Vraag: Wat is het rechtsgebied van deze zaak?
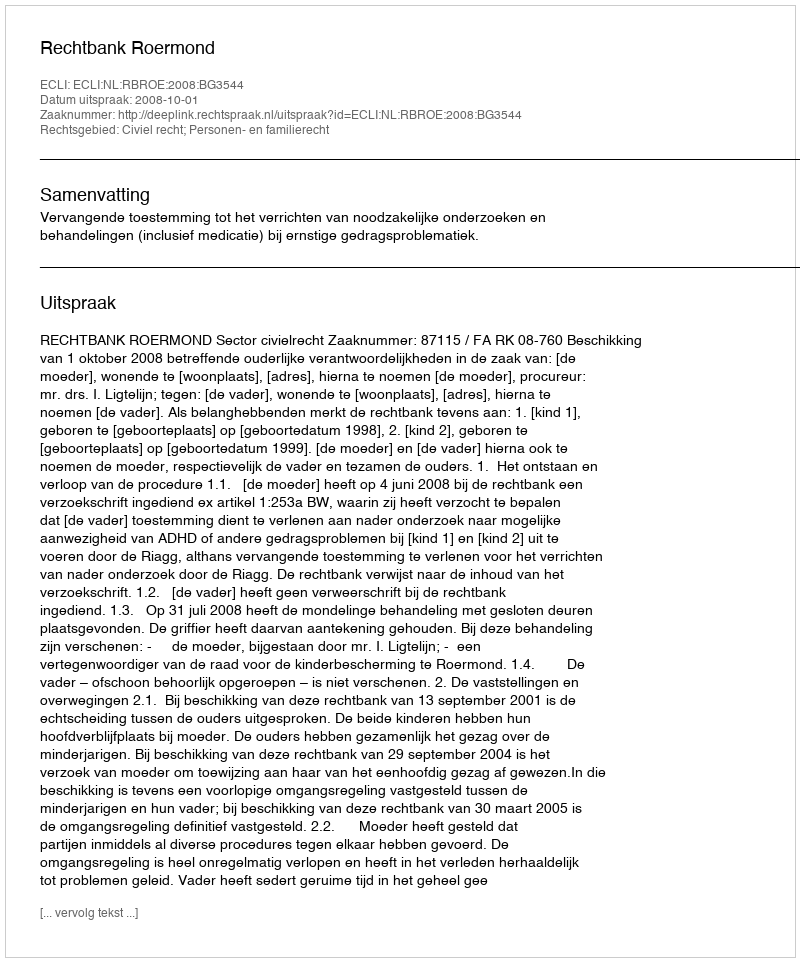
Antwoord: Civiel recht; Personen- en familierecht